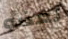
لعضو